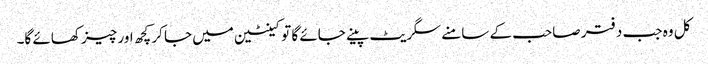
کل وہ جب دفتر صاحب کے سامنے سگریٹ پینے جائے گا تو کینٹین میں جا کر کچھ اور چیز کھائے گا۔